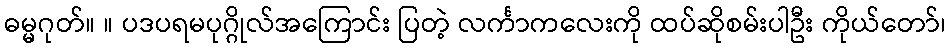
ဓမ္မဂုတ်။ ။ ပဒပရမပုဂ္ဂိုလ်အကြောင်း ပြတဲ့ လင်္ကာကလေးကို ထပ်ဆိုစမ်းပါဦး ကိုယ်တော်၊